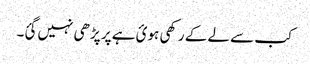
کب سے لے کے رکھی ہوئ ہے پر پڑھی نہیں گئ۔